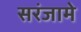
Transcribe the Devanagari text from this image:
सरंजामे